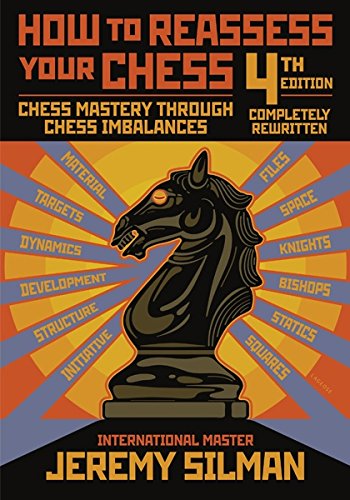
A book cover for How to Reassess Your Chess: Chess Mastery Through Chess Imbalances; Jeremy Silman; Humor & Entertainment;